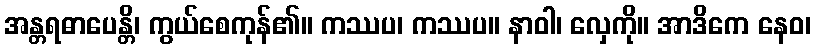
အန္တရဓာပေန္တိ၊ ကွယ်စေကုန်၏။ ကဿပ၊ ကဿပ။ နာဝါ၊ လှေကို။ အာဒိကေ နေဝ၊